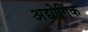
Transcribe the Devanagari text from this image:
अद्योगिक